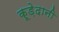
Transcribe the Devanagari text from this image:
कूड़ेदानी